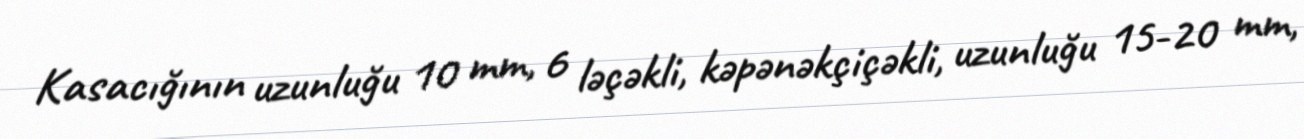
Kasacığının uzunluğu 10 mm, 6 ləçəkli, kəpənəkçiçəkli, uzunluğu 15-20 mm,